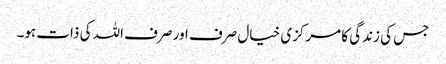
جس کی زندگی کا مرکزی خیال صرف اور صرف اللہ کی ذات ہو۔